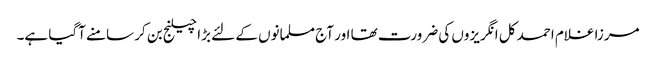
مرزا غلام احمد کل انگریزوں کی ضرورت تھا اور آج مسلمانوں کے لئے بڑا چیلنج بن کر سامنے آگیا ہے۔